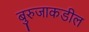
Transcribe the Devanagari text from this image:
बुरुजाकडील